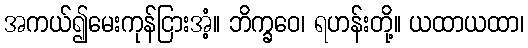
အကယ်၍မေးကုန်ငြားအံ့။ ဘိက္ခဝေ၊ ရဟန်းတို့။ ယထာယထာ၊